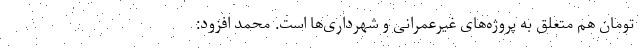
تومان هم متعلق به پروژه‌های غیرعمرانی و شهرداری‌ها است. محمد افزود: